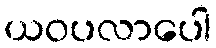
ယဝပလာပေါ